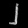
Digit: ၂